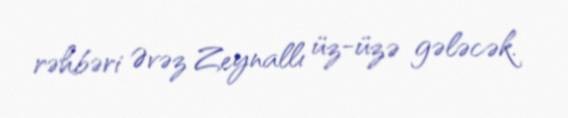
rəhbəri Əvəz Zeynallı üz-üzə gələcək.